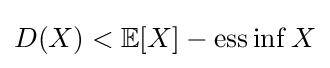
D(X)<\mathbb {E} [X]-\operatorname {ess\inf } X